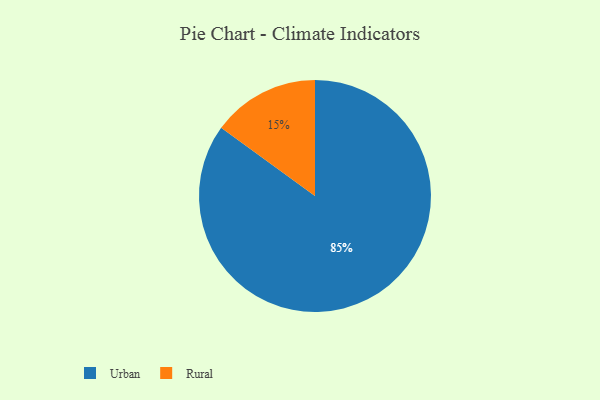
{"axis": {"x": "Category", "y": "Percentage"}, "legend": ["Rural", "Urban"], "data": [{"x": "Rural", "y": 15, "type": "Rural"}, {"x": "Urban", "y": 85, "type": "Urban"}]}